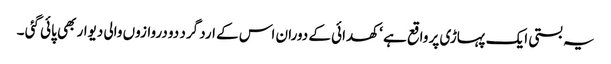
یہ بستی ایک پہاڑی پر واقع ہے ‘ کھدائی کے دوران اس کے ارد گرد دو دروازوں والی دیوار بھی پائی گئی ۔